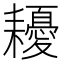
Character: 耰